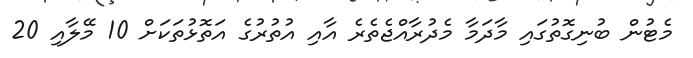
މެޓުން ބުނިގޮތުގައި މާދަމާ މެދުރާއްޖެތެރެ އާއި އުތުރުގެ އަތޮޅުތަކަށް 10 މޭލާއި 20